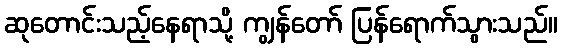
ဆုတောင်းသည့်နေရာသို့ ကျွန်တော် ပြန်ရောက်သွားသည်။